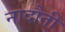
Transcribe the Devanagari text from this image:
नादौती